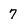
Character: 7